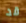
قد